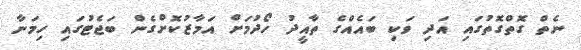
ނެތް ގޮތްގޮތުގައި އަދި ވަކި ބައެއްގެ ތާއީދު ހޯދުމަށް އަމާޒުކޮށްގެން ބަޖެޓުގައި ހިމަނާ